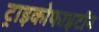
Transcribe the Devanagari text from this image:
ट्राइकोफाइटॉन